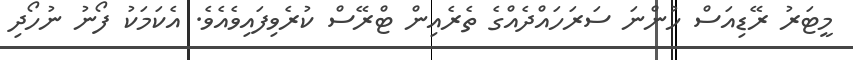
މީޓަރު ރޭޑިއަސް ހުންނަ ސަރަހައްދެއްގެ ތެރެއިން ޓްރޭސް ކުރެވިފައިވެއެވެ. އެކަމަކު ފޯނު ނުހޯދި